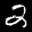
Label: 2